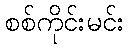
စစ်ကိုင်းမင်း